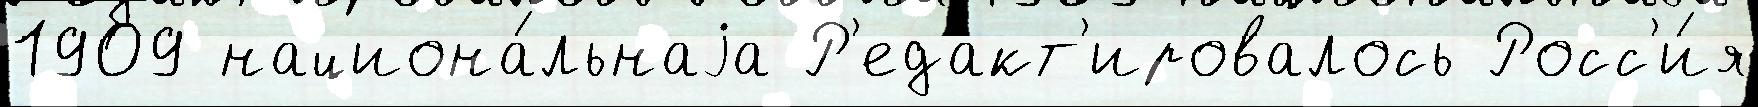
1909 национа́льнаjа Р'едакт'ировалось Росс'и́я